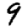
Digit: 9